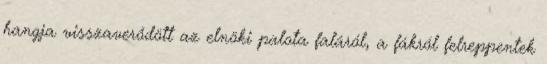
hangja visszaverődött az elnöki palota faláról, a fákról felreppentek